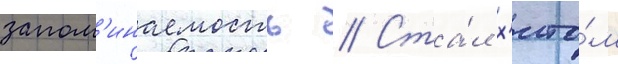
запом'инаемость // Ста́л х'ито́м